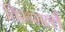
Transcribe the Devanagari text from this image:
तिरूमल्लै